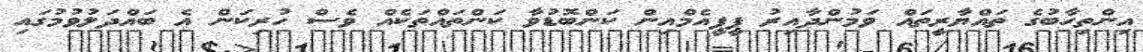
އިންތިހާބުގެ ތައްޔާރީތައް ވަމުންދާއިރު ޕީޕީއެމްއިން ކަންބޮޑުވާ ކަންތައްތަކެއް ވެސް ހުރިކަން އެ ބައްދަލުވުމުގައި